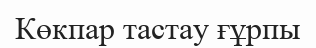
Көкпар тастау ғұрпы